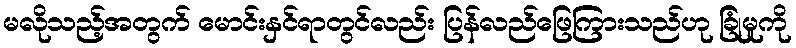
မလိုသည့်အတွက် မောင်းနှင်ရာတွင်လည်း ပြန်လည်ဖြေကြားသည်ဟု ခြုံမှုကို